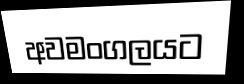
අවමංගලයට